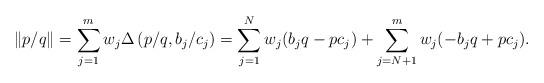
LaTeX: \begin{align*}\left\|p/q \right\| = \sum_{j=1}^{m} w_{j}\Delta \left(p/q, b_j/c_j\right)= \sum_{j=1}^{N} w_{j}(b_{j}q-pc_{j}) + \sum_{j=N+1}^{m}w_{j}(-b_{j}q+pc_{j}).\end{align*}